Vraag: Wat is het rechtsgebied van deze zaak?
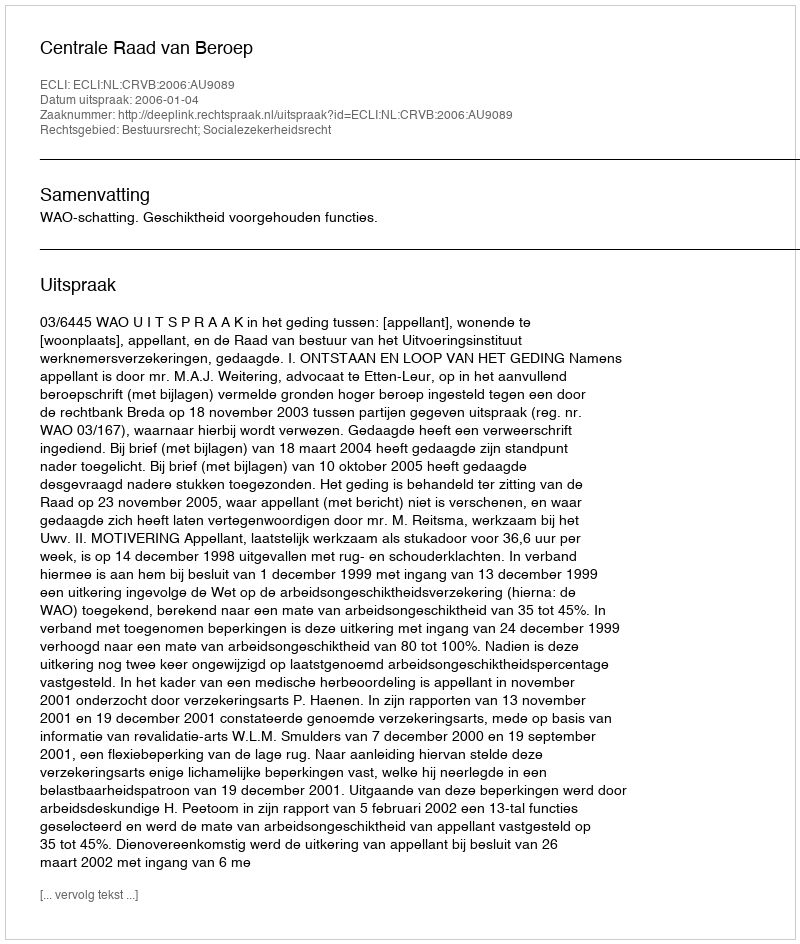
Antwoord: Bestuursrecht; Socialezekerheidsrecht